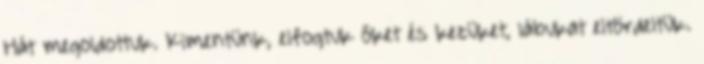
Hát megoldottuk. Kimentünk, elfogtuk őket és kezüket, lábukat eltördeltük.